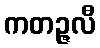
ကတဉ္ဇလီ